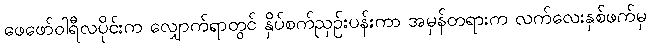
ဖေဖော်ဝါရီလပိုင်းက လျှောက်ရာတွင် နှိပ်စက်ညှဉ်းပန်းကာ အမှန်တရားက လက်လေးနှစ်ဖက်မှ